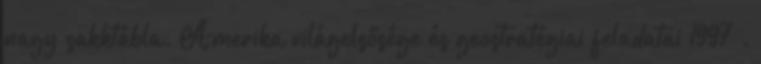
nagy sakktábla. Amerika világelsősége és geostratégiai feladatai 1997 .